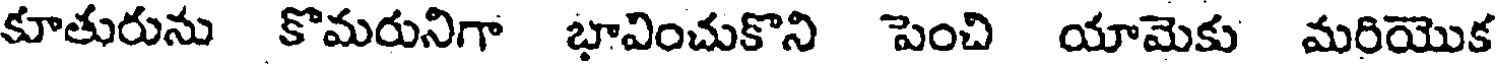
కూతురును కొమరునిగా భావించుకొని పెంచి యామెకు మరియొక